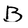
Character: B